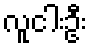
လူငါးဦး